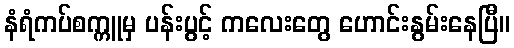
နံရံကပ်စက္ကူမှ ပန်းပွင့် ကလေးတွေ ဟောင်းနွမ်းနေပြီ။